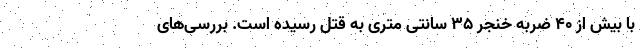
با بیش از ۴۰ ضربه خنجر ۳۵ سانتی متری به قتل رسیده است. بررسی‌های